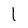
Character: l